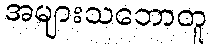
အများသဘောတူ